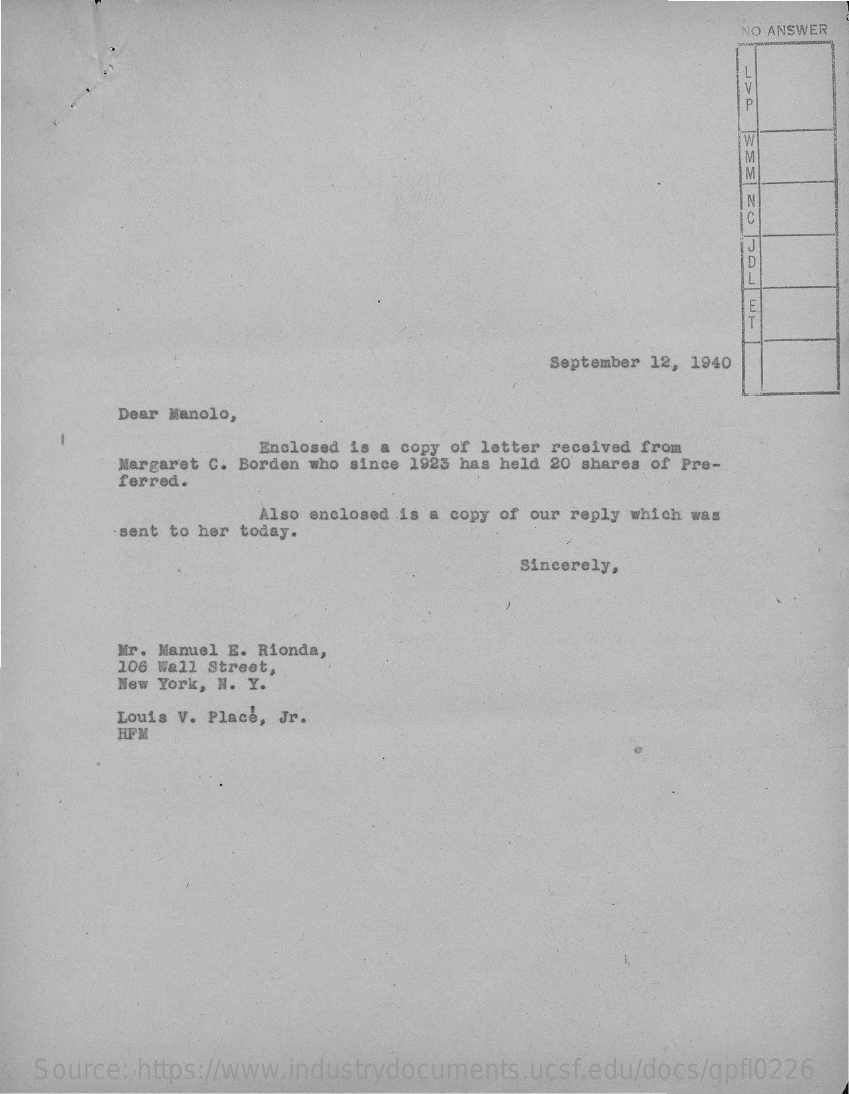
NO ANSWER
     P
     Z0
     C
     September 12, 1940
     Dear Manolo,
     Enclosed is a copy of letter received from
     Margaret C. Borden who since 1923 has held 20 shares of Pre-
     ferred.
     Also enclosed is a copy of our reply which was
     sent to her today.
     Sincerely,
     Mr. Manuel E. Rionda,
     106 Wall Street,
     New York, N. Y.
     Louis V. Place, Jr.
     HFM
   Source: https://www.industrydocuments.ucsf.edu/docs/qpfl0226